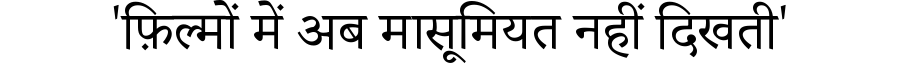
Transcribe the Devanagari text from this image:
'फ़िल्मों में अब मासूमियत नहीं दिखती'